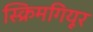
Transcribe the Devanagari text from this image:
स्क्रिमगियूर